Bréfritari: Jakobína Jónsdóttir
Viðtakandi: Sólveig Jónsdóttir
Dagsetning: A-1883-06-07
Skrifað á: Bessastöðum  Gull.
systir bréfviðtakanda

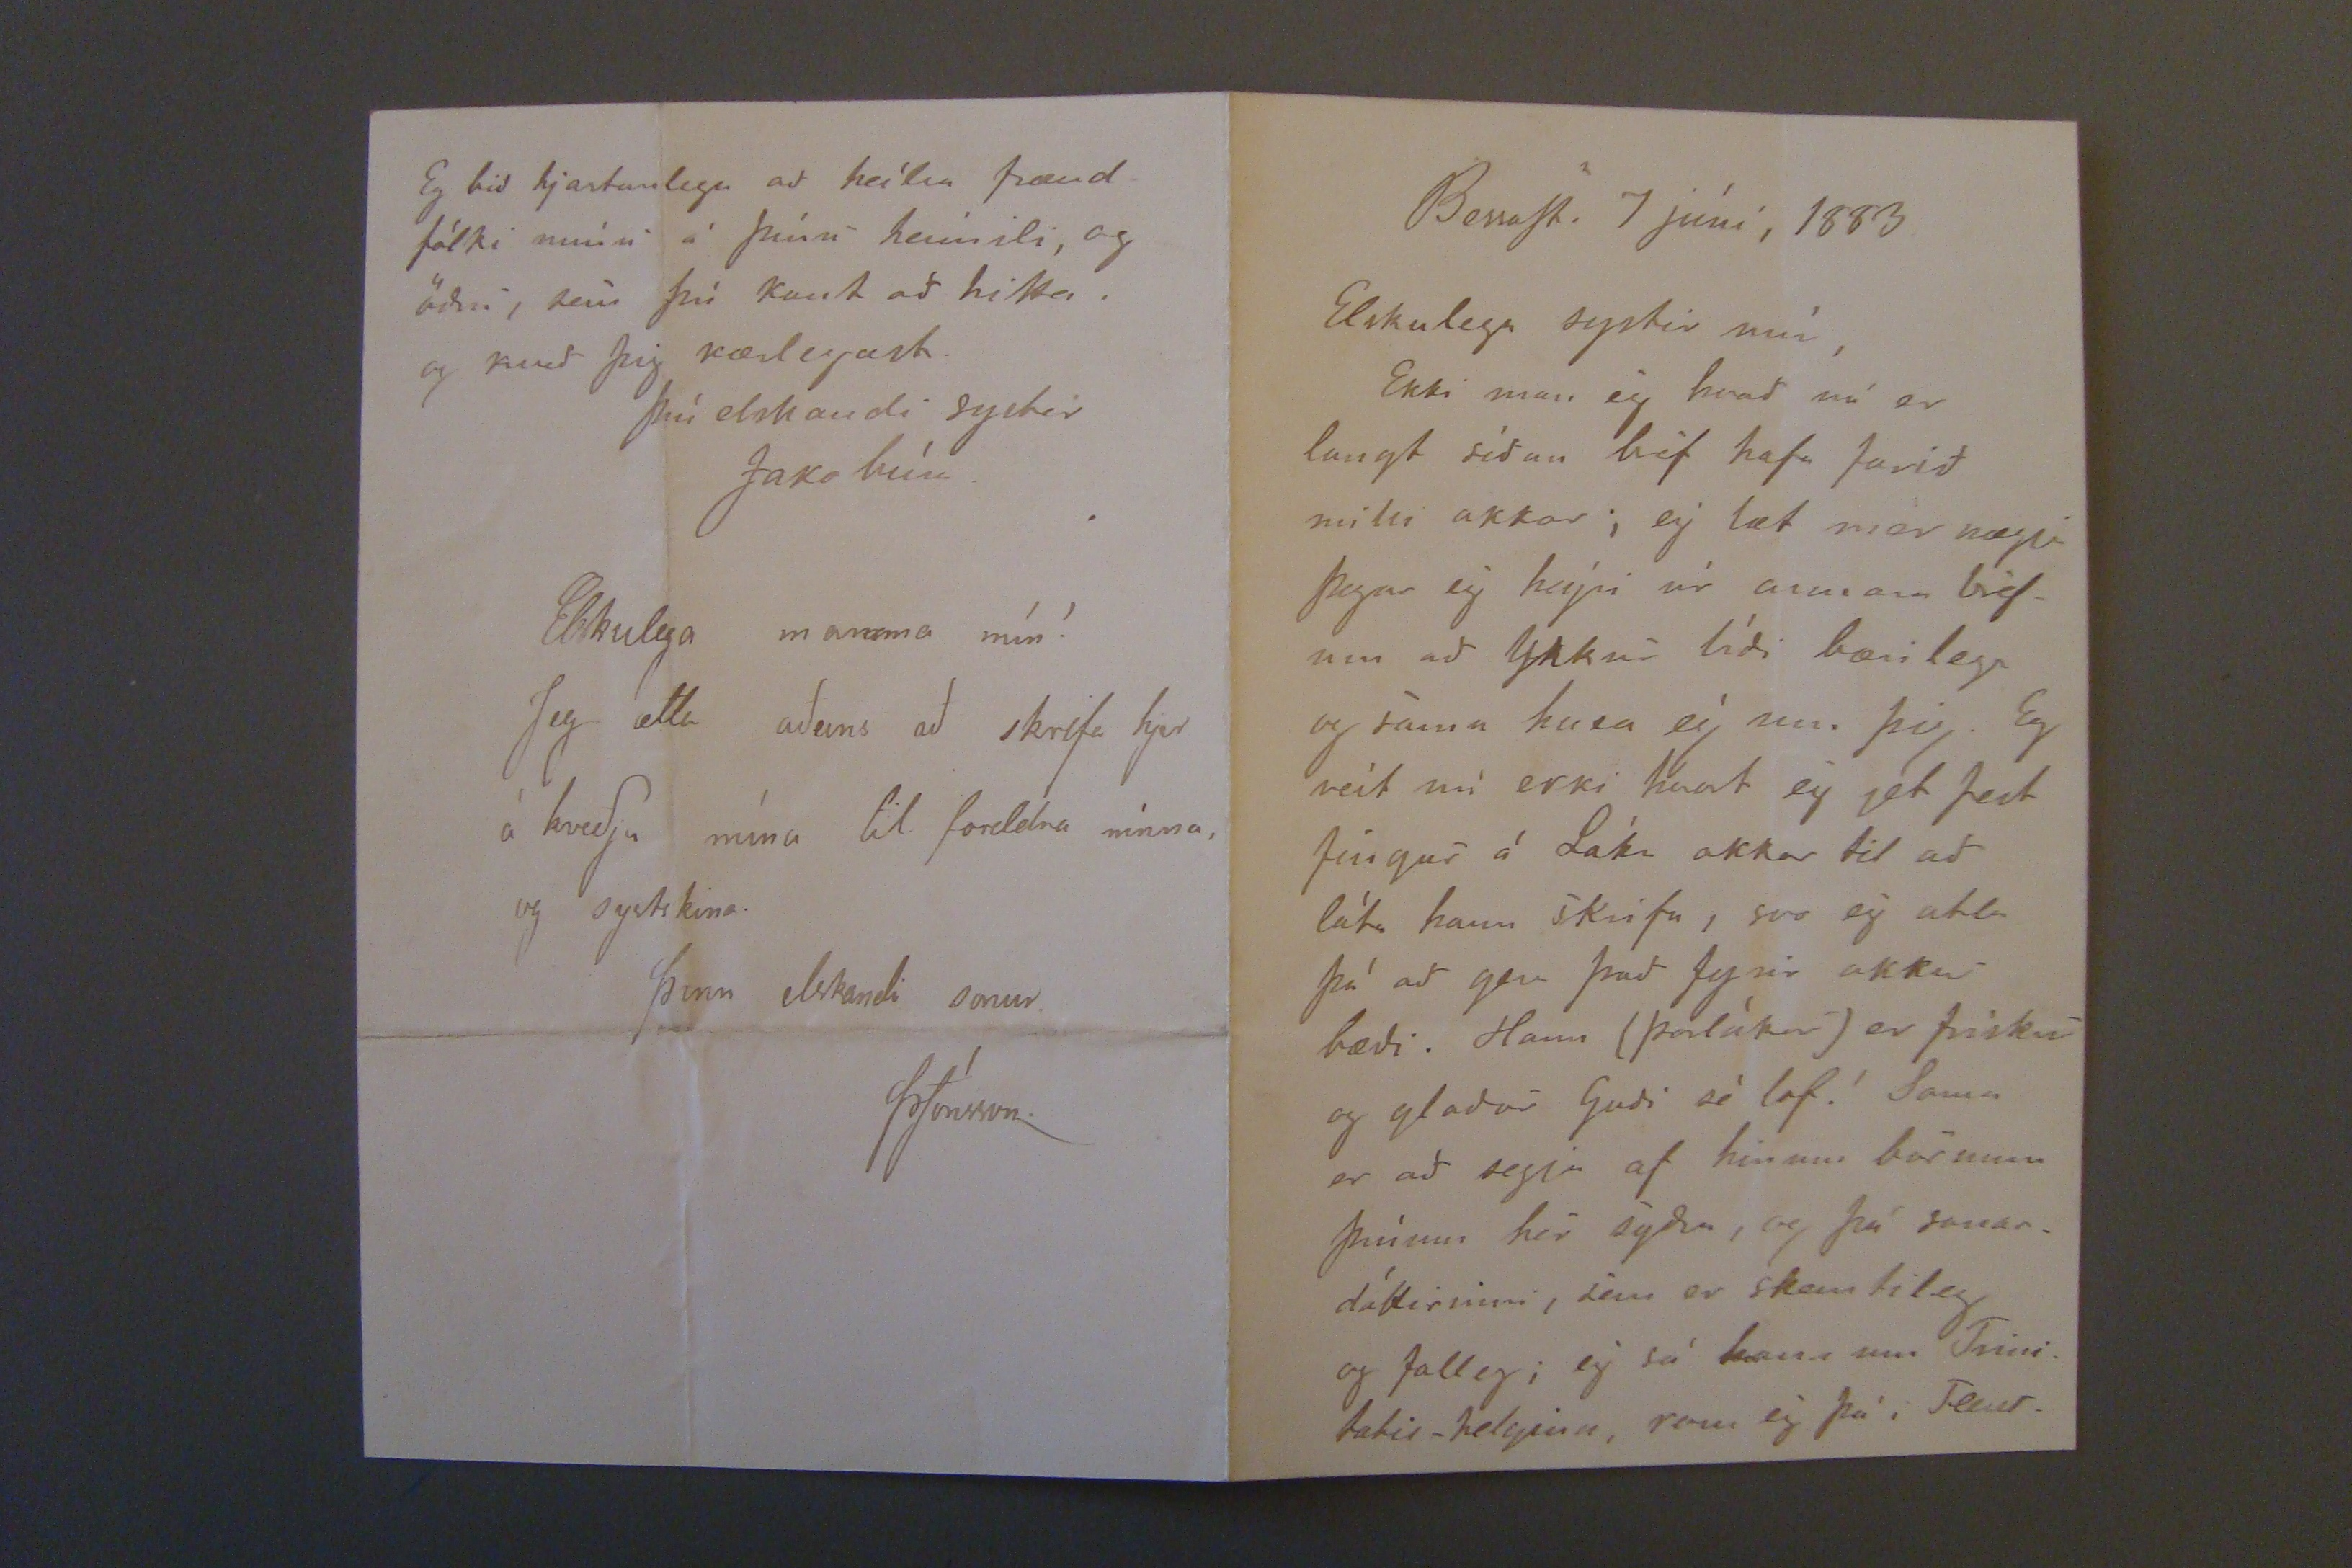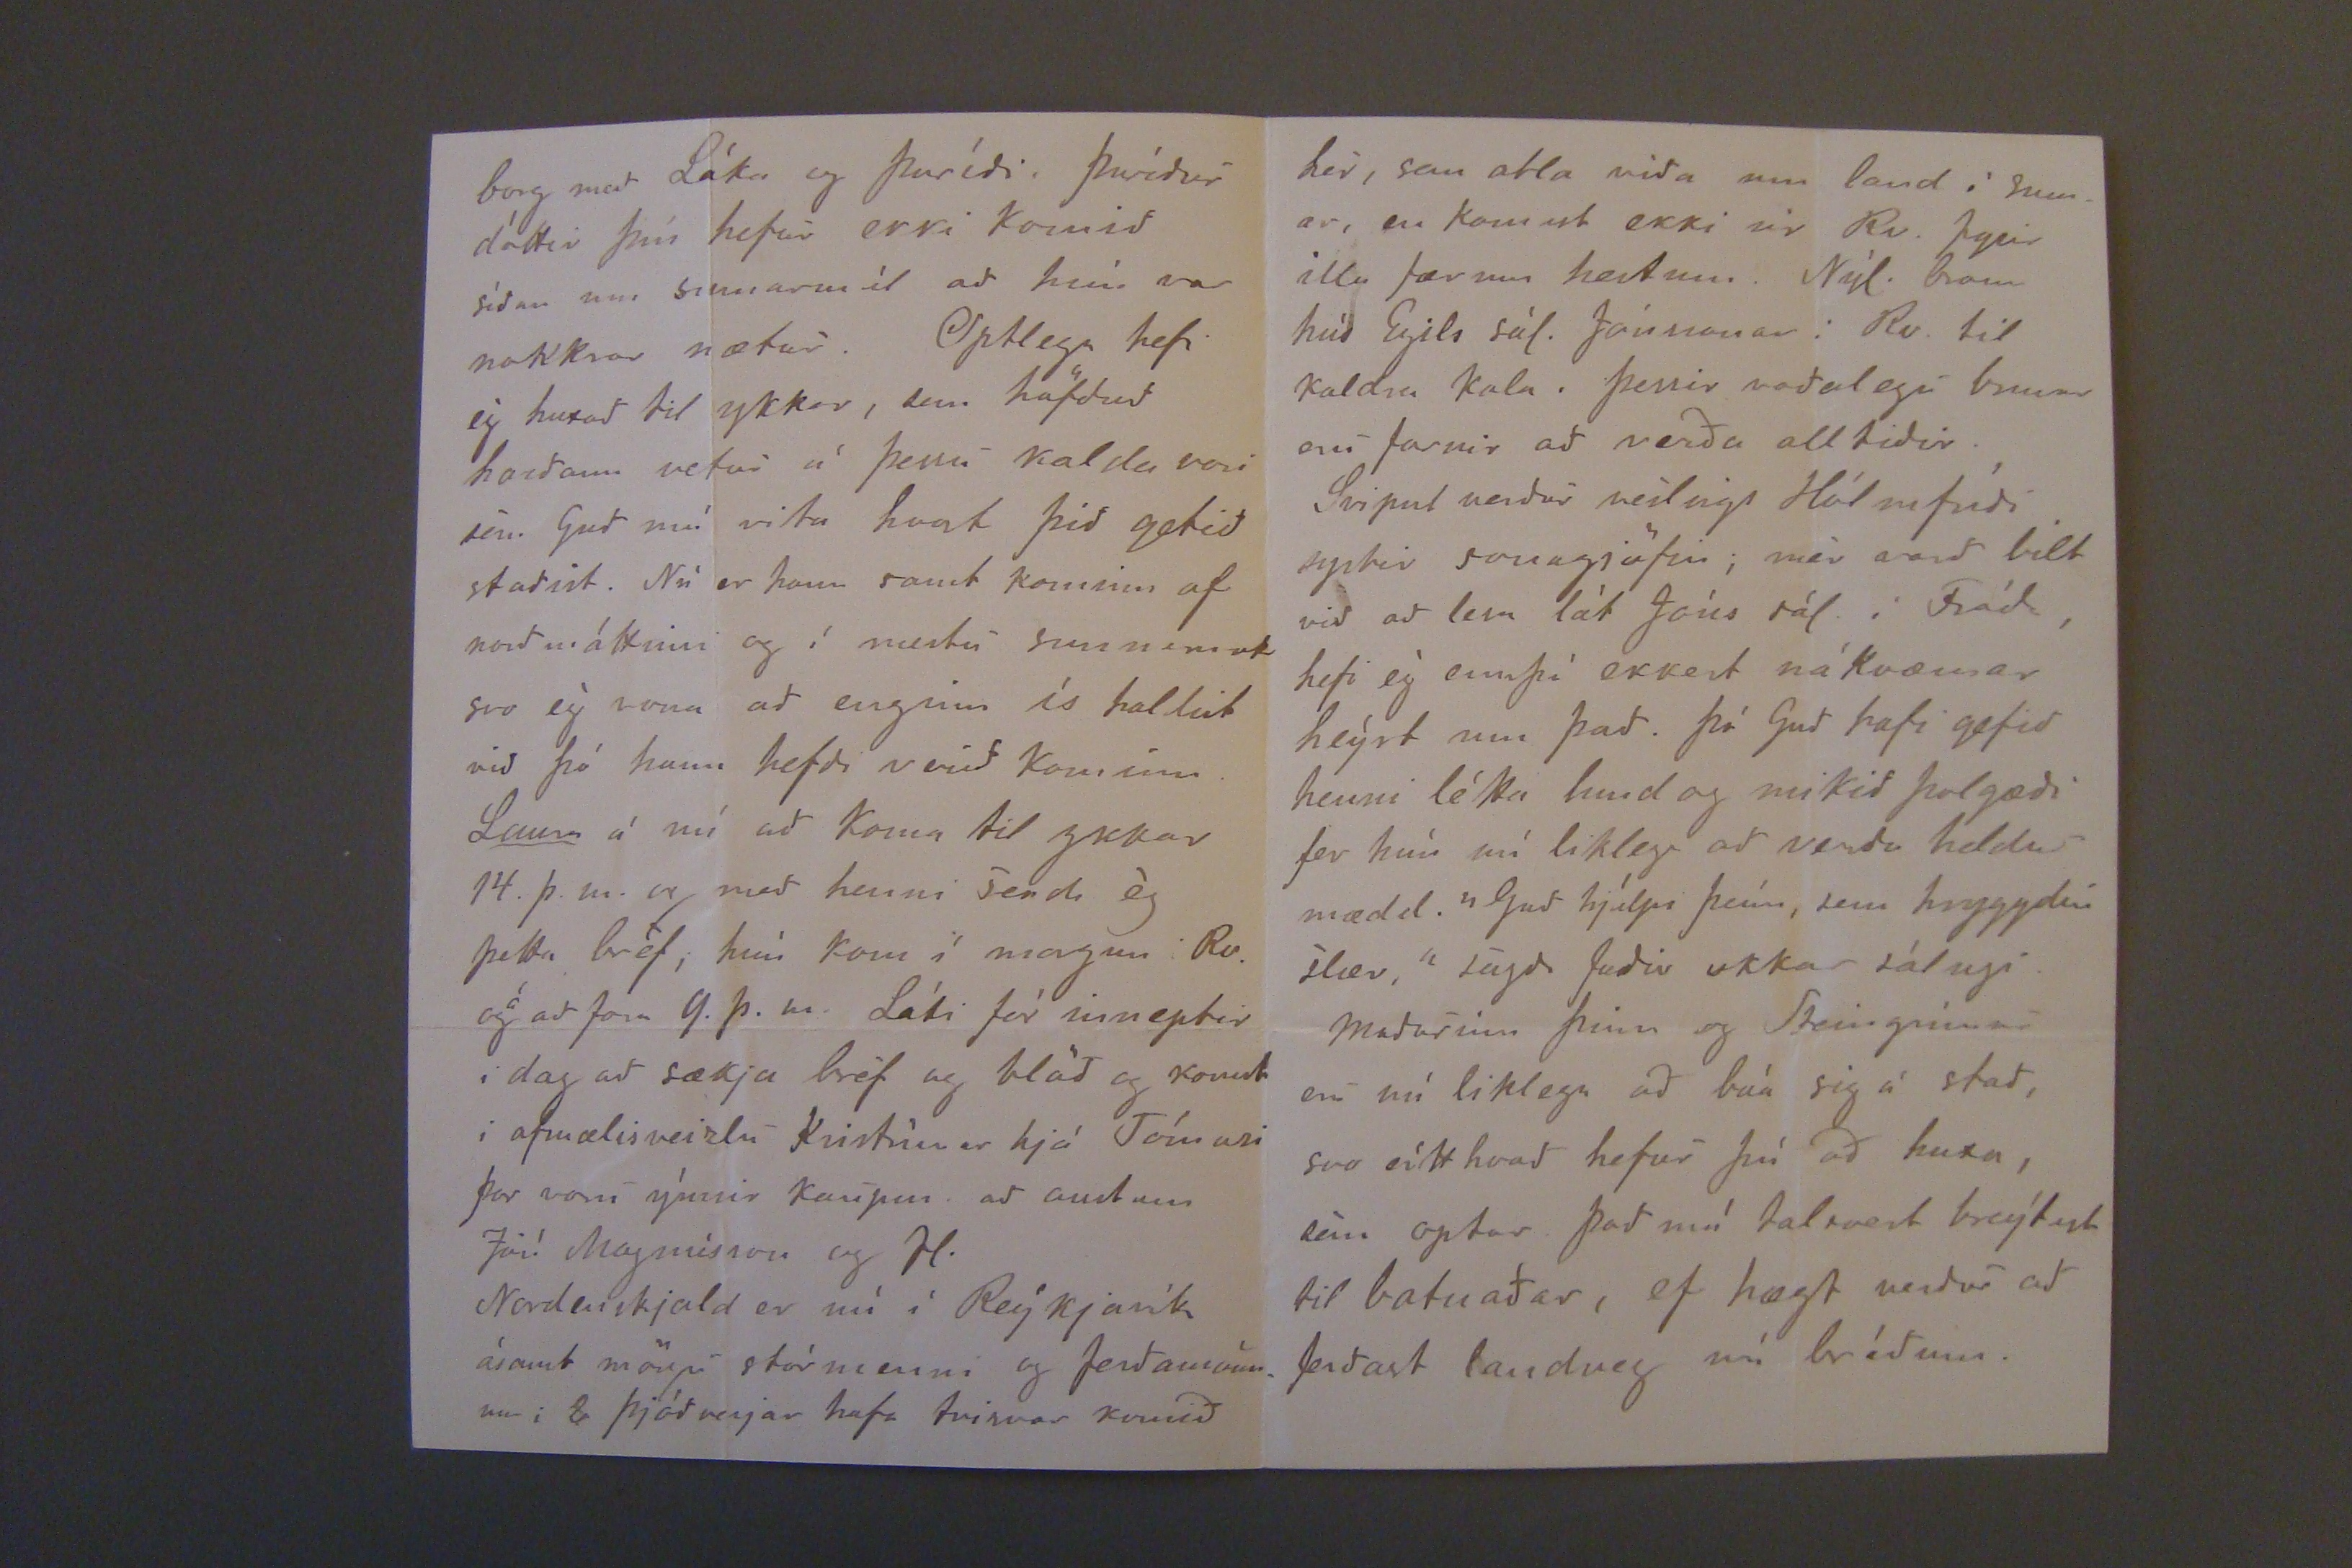

BessaSt. 7 júní, 1883
Elskulega systir mín,
Ekki man ég hvað nú er langt síðan bréf hafa farið milli okkar; eg læt mer nægja Þegar ég heýri úr annara bréfum að Ykkur líði bærilega og sama huxa ég um þig. Eg veít nú ekki hvat ég get fest fingur á Láka okkar til að láta hann skrifa, svo ég atla þá að gera það fyrir okkur bæði. Hann (Þorlákur) er frískur og glaður Guði sé lof! Sama er að segja af hinum börnum þínum hér syðra, og þá sonardóttirinni, sem er skemtileg og falleg; eg sá hana um Trinitatis-helgina, kom ég þá i
Fecus-
borg með Láka og Þuríði. Þuríður dóttir þín hefur ekki komið síðan um
sumarmál
að hún var nokkrar nætur. Optlega hefi ég huxað til ykkar, sem höfðuð harðann vetur á þessu kalda vori sem Guð má vita hvort þið getið staðist. Nú er hann samt kominn af norðuráttinni og í mestu
sunnanatt
svo ég vona að enginn ís haldist við þó hann hefði verð kominn.
Lausa
á nú að koma til ykkar 14. þ. m. og með henni sendi ég þetta bréf; hún kom í morgun i Rv. og
á
að fara 9. þ. m. Láki fór inneptir i dag að sækja bréf og blöð og komst i afmælisveizlu Kristínar hjá Tómasi þar voru ýmsir Kaupm. að austan Jón Magnússon og fl.
NOrdenskjald er nú í Reýkjavík ásamt mörgu stórmenni og ferðamönnum; 8 Þjóðverjar hafa tvisvar komið
Eg bið hjartanlega að heílsa frændfólki mínu á þínu heimili, og öðru, sem þú kant að hitta. og kveð þig kærlegast.
þín elskandi systir
Jakobína
Elskulega mamma mín!
Jeg ætla aðeins að skrifa hjer á kveðju mína til fordelra mína, og systskina.
þinn elskandi sonur
ÞJónsson
hér, sem atla viða um land i Sumar, en komust ekki úr Rv. fyrir illu færum hestum. Nýl. brann hús Egils sál. Jónssonar i Rv. til kaldra kola. þessir voðalegi brunar eru farnir að verða alltiðir.
Svipul verður veslings Hólmfríði systir sonagjöfin; mér varð bilt við að lesa lát Jóns sál. i Fróða, hefi ég ennþá ekkert nákvæmar heýrt um það. þó Guð hafi gefið henni létta lund og mikið þolgæði fer hún nú liklega að verða heldur mædd. "Guð hjálp þeím, sem hryggdin slær," sagði faðir okkar sálugi. Maðurinn þinn og Steingrímur eru nú liklega að búa sig á stað, svo eítthvað hefur þú að huxa, sem optar. Það má talsvert breýtast til batnaðar, ef hægt verður að ferðast landveg nú bráðum.